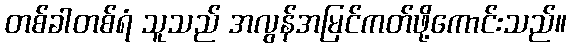
တစ်ခါတစ်ရံ သူသည် အလွန်အမြင်ကတ်ဖို့ကောင်းသည်။